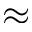
\approx